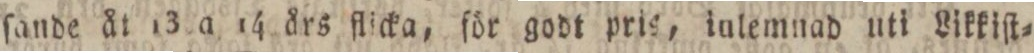
ſande åt 13 a 14 års flicka, för godt pris, iulemnad nti Likkiſt=